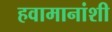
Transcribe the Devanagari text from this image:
हवामानांशी